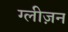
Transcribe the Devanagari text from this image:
ग्लीज़न